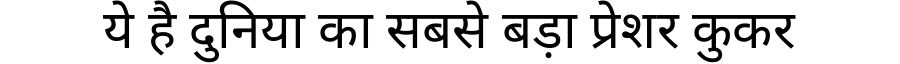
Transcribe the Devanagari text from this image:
ये है दुनिया का सबसे बड़ा प्रेशर कुकर